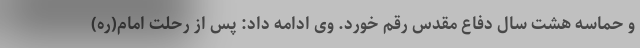
و حماسه هشت سال دفاع مقدس رقم خورد. وی ادامه داد: پس از رحلت امام(ره)